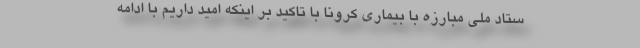
ستاد ملی مبارزه با بیماری کرونا با تاکید بر اینکه امید داریم با ادامه